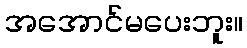
အအောင်မပေးဘူး။